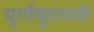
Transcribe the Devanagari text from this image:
पूर्णमुदच्यते